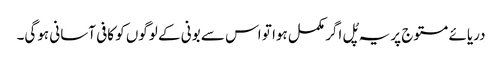
دریائے مستوج پر یہ پُل اگر مکمل ہوا تو اس سے بونی کے لوگوں کو کافی آسانی ہوگی۔